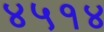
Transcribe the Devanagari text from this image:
४५१४